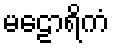
မဠောရိကံ